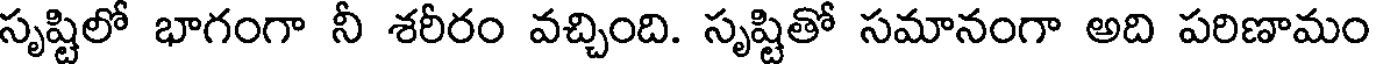
సృష్టిలో భాగంగా నీ శరీరం వచ్చింది. సృష్టితో సమానంగా అది పరిణామం